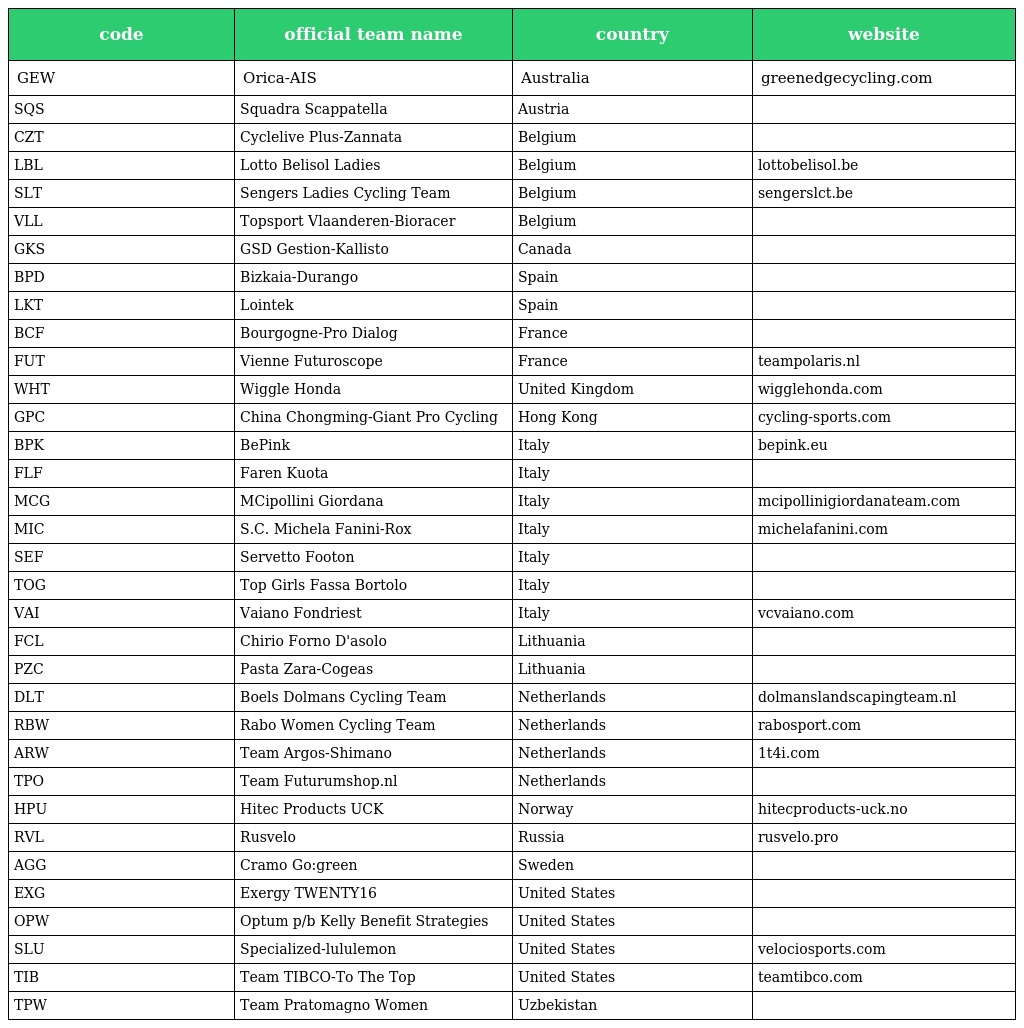
| code | official team name | country | website |
 | --- | --- | --- | --- |
 | GEW | Orica-AIS | Australia | greenedgecycling.com |
 | SQS | Squadra Scappatella | Austria |  |
 | CZT | Cyclelive Plus-Zannata | Belgium |  |
 | LBL | Lotto Belisol Ladies | Belgium | lottobelisol.be |
 | SLT | Sengers Ladies Cycling Team | Belgium | sengerslct.be |
 | VLL | Topsport Vlaanderen-Bioracer | Belgium |  |
 | GKS | GSD Gestion-Kallisto | Canada |  |
 | BPD | Bizkaia-Durango | Spain |  |
 | LKT | Lointek | Spain |  |
 | BCF | Bourgogne-Pro Dialog | France |  |
 | FUT | Vienne Futuroscope | France | teampolaris.nl |
 | WHT | Wiggle Honda | United Kingdom | wigglehonda.com |
 | GPC | China Chongming-Giant Pro Cycling | Hong Kong | cycling-sports.com |
 | BPK | BePink | Italy | bepink.eu |
 | FLF | Faren Kuota | Italy |  |
 | MCG | MCipollini Giordana | Italy | mcipollinigiordanateam.com |
 | MIC | S.C. Michela Fanini-Rox | Italy | michelafanini.com |
 | SEF | Servetto Footon | Italy |  |
 | TOG | Top Girls Fassa Bortolo | Italy |  |
 | VAI | Vaiano Fondriest | Italy | vcvaiano.com |
 | FCL | Chirio Forno D'asolo | Lithuania |  |
 | PZC | Pasta Zara-Cogeas | Lithuania |  |
 | DLT | Boels Dolmans Cycling Team | Netherlands | dolmanslandscapingteam.nl |
 | RBW | Rabo Women Cycling Team | Netherlands | rabosport.com |
 | ARW | Team Argos-Shimano | Netherlands | 1t4i.com |
 | TPO | Team Futurumshop.nl | Netherlands |  |
 | HPU | Hitec Products UCK | Norway | hitecproducts-uck.no |
 | RVL | Rusvelo | Russia | rusvelo.pro |
 | AGG | Cramo Go:green | Sweden |  |
 | EXG | Exergy TWENTY16 | United States |  |
 | OPW | Optum p/b Kelly Benefit Strategies | United States |  |
 | SLU | Specialized-lululemon | United States | velociosports.com |
 | TIB | Team TIBCO-To The Top | United States | teamtibco.com |
 | TPW | Team Pratomagno Women | Uzbekistan |  |